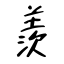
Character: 羨